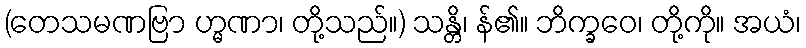
(တေသမဏဗြာ ဟ္မဏာ၊ တို့သည်။) သန္တိ၊ န်၏။ ဘိက္ခဝေ၊ တို့ကို။ အယံ၊